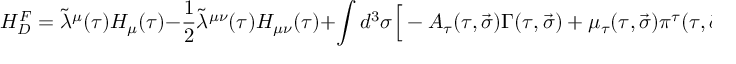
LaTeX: H _ { D } ^ { F } = \tilde { \lambda } ^ { \mu } ( \tau ) { \cal H } _ { \mu } ( \tau ) - \frac 1 2 \tilde { \lambda } ^ { \mu \nu } ( \tau ) { \cal H } _ { \mu \nu } ( \tau ) + \int { d ^ { 3 } \sigma \Big [ - A _ { \tau } ( \tau , \vec { \sigma } ) \Gamma ( \tau , \vec { \sigma } ) + \mu _ { \tau } ( \tau , \vec { \sigma } ) \pi ^ { \tau } ( \tau , \vec { \sigma } ) \Big ] } ,